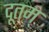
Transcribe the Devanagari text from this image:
दूतम्‌